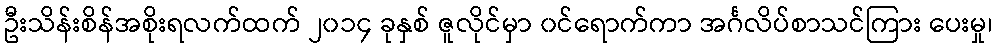
ဦးသိန်းစိန်အစိုးရလက်ထက် ၂၀၁၄ ခုနှစ် ဇူလိုင်မှာ ၀င်ရောက်ကာ အင်္ဂလိပ်စာသင်ကြား ပေးမှု၊